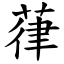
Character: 葎